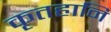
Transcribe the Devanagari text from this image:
कृतहानि